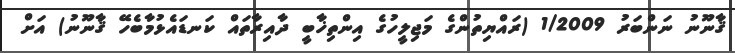
ޤާނޫނު ނަންބަރު 1/2009 (ރައްޔިތުންގެ މަޖިލީހުގެ އިންތިޚާބީ ދާއިރާތައް ކަނޑައެޅުމާބެހޭ ޤާނޫނު) އަށް